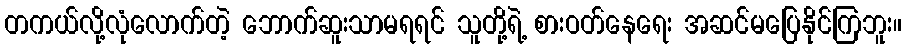
တကယ်လို့လုံလောက်တဲ့ ဘောက်ဆူးသာမရရင် သူတို့ရဲ့ စားဝတ်နေရေး အဆင်မပြေနိုင်ကြဘူး။